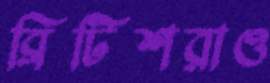
ব্রিটিশরাও